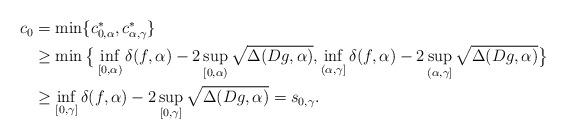
LaTeX: \begin{align*}\begin{aligned}c_0&=\min\{c_{0,\alpha}^*, c_{\alpha,\gamma}^*\}\\&\ge \min\big\{\inf_{[0,\alpha)}\delta(f,\alpha)-2\sup_{[0,\alpha)}\sqrt{\Delta(Dg, \alpha)}, \inf_{(\alpha,\gamma]}\delta(f,\alpha)-2\sup_{(\alpha,\gamma]}\sqrt{\Delta(Dg, \alpha)}\big\}\\&\ge \inf_{[0,\gamma]}\delta(f,\alpha)-2\sup_{[0,\gamma]}\sqrt{\Delta(Dg, \alpha)}=s_{0,\gamma}.\end{aligned}\end{align*}